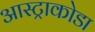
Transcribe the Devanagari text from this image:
आस्ट्राकोडा